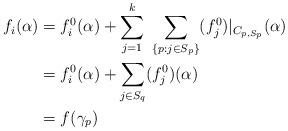
LaTeX: \begin{align*}f_{i}(\alpha) &= {f}_{i}^0(\alpha) + \sum_{j=1}^k \ \sum_{\{p: j \in S_p\}} ({f}_{j}^0)|_{C_{p,S_p}} (\alpha) \\&= {f}_{i}^0(\alpha) + \sum_{j \in S_q} ({f}_{j}^0) (\alpha) \\&= f(\gamma_p)\end{align*}